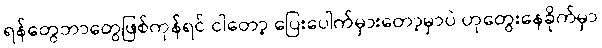
ရန်တွေဘာတွေဖြစ်ကုန်ရင် ငါတော့ ပြေးပေါက်မှားတော့မှာပဲ ဟုတွေးနေခိုက်မှာ